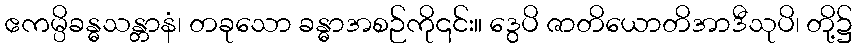
ဧကမ္ပိခန္ဓသန္တာနံ၊ တခုသော ခန္ဓာအစဉ်ကို၎င်း။ ဒွေပိ ဇာတိယောတိအာဒီသုပိ၊ တို့၌